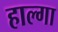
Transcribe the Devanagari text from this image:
हाल्गा